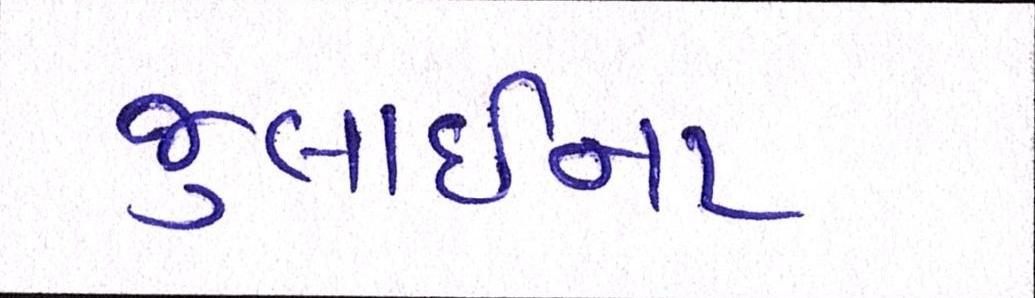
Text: જુલાઈના